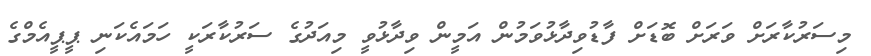
މިސަރުކާރަށް ވަރަށް ބޮޑަށް ފާޑުވިދާޅުވަމުން އަމީން ވިދާޅުވީ މިއަދުގެ ސަރުކާރަކީ ހަމައެކަނި ޕީޕީއެމްގެ